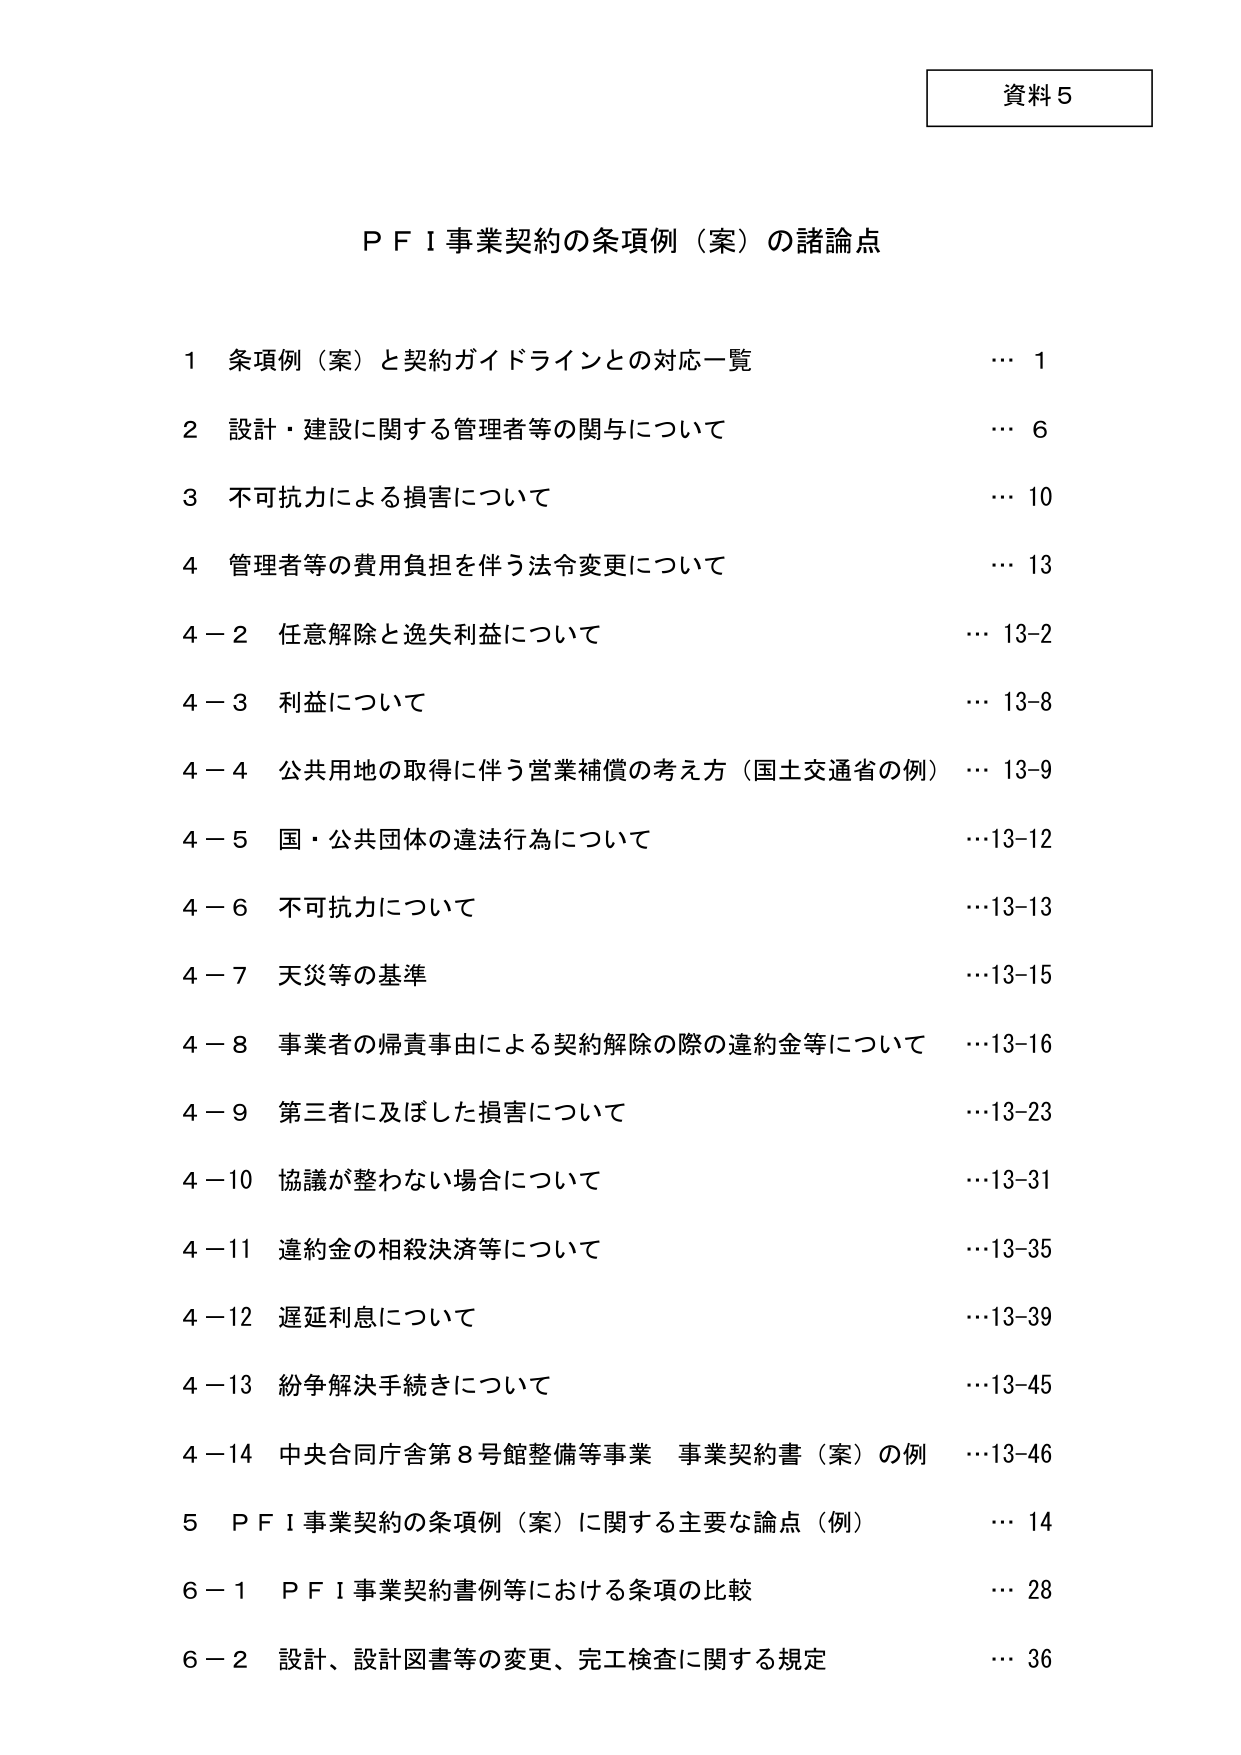
資料５

ＰＦＩ事業契約の条項例（案）の諸論点

１ 条項例（案）と契約ガイドラインとの対応一覧 … 1
２ 設計・建設に関する管理者等の関与について … 6
３ 不可抗力による損害について … 10
４ 管理者等の費用負担を伴う法令変更について … 13
４－２ 任意解除と逸失利益について … 13-2
４－３ 利益について … 13-8
４－４ 公共用地の取得に伴う営業補償の考え方（国土交通省の例） … 13-9
４－５ 国・公共団体の違法行為について … 13-12
４－６ 不可抗力について … 13-13
４－７ 天災等の基準 … 13-15
４－８ 事業者の帰責事由による契約解除の際の違約金等について … 13-16
４－９ 第三者に及ぼした損害について … 13-23
４－10 協議が整わない場合について … 13-31
４－11 違約金の相殺決済等について … 13-35
４－12 遅延利息について … 13-39
４－13 紛争解決手続きについて … 13-45
４－14 中央合同庁舎第８号館整備等事業 事業契約書（案）の例 … 13-46
５ ＰＦＩ事業契約の条項例（案）に関する主要な論点（例） … 14
６－１ ＰＦＩ事業契約書例等における条項の比較 … 28
６－２ 設計、設計図書等の変更、完工検査に関する規定 … 36